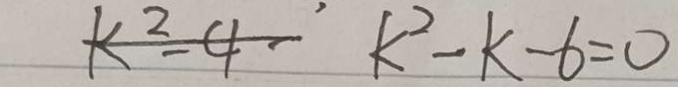
K ^ { 2 } - 4 - k ^ { 2 } - k - 6 = 0